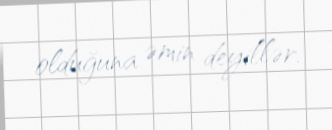
olduğuna əmin deyillər.